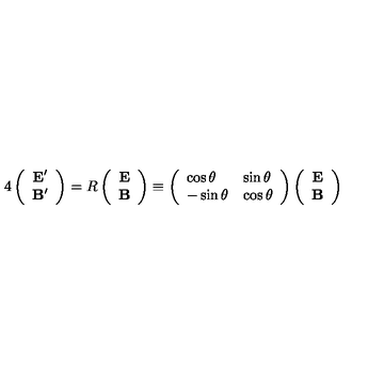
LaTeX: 4 \left( \begin{array} { c } { { \bf E } ^ { \prime } } \\ { { \bf B } ^ { \prime } } \\ \end{array} \right) = R \left( \begin{array} { c } { { \bf E } } \\ { { \bf B } } \\ \end{array} \right) \equiv \left( \begin{array} { l l } { \cos \theta } & { \sin \theta } \\ { - \sin \theta } & { \cos \theta } \\ \end{array} \right) \left( \begin{array} { c } { { \bf E } } \\ { { \bf B } } \\ \end{array} \right)